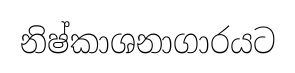
නිෂ්කාශනාගාරයට